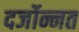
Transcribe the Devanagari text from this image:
दर्जोन्नत